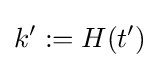
k':=H(t')